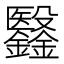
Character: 𣫫